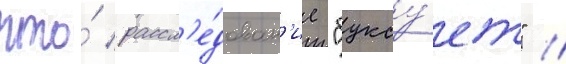
что́ рассл'е́дован'ие "буксу́ет" //